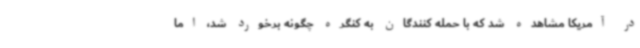
در آمریکا مشاهده شد که با حمله کنندگان به کنگره چگونه برخورد شد، اما